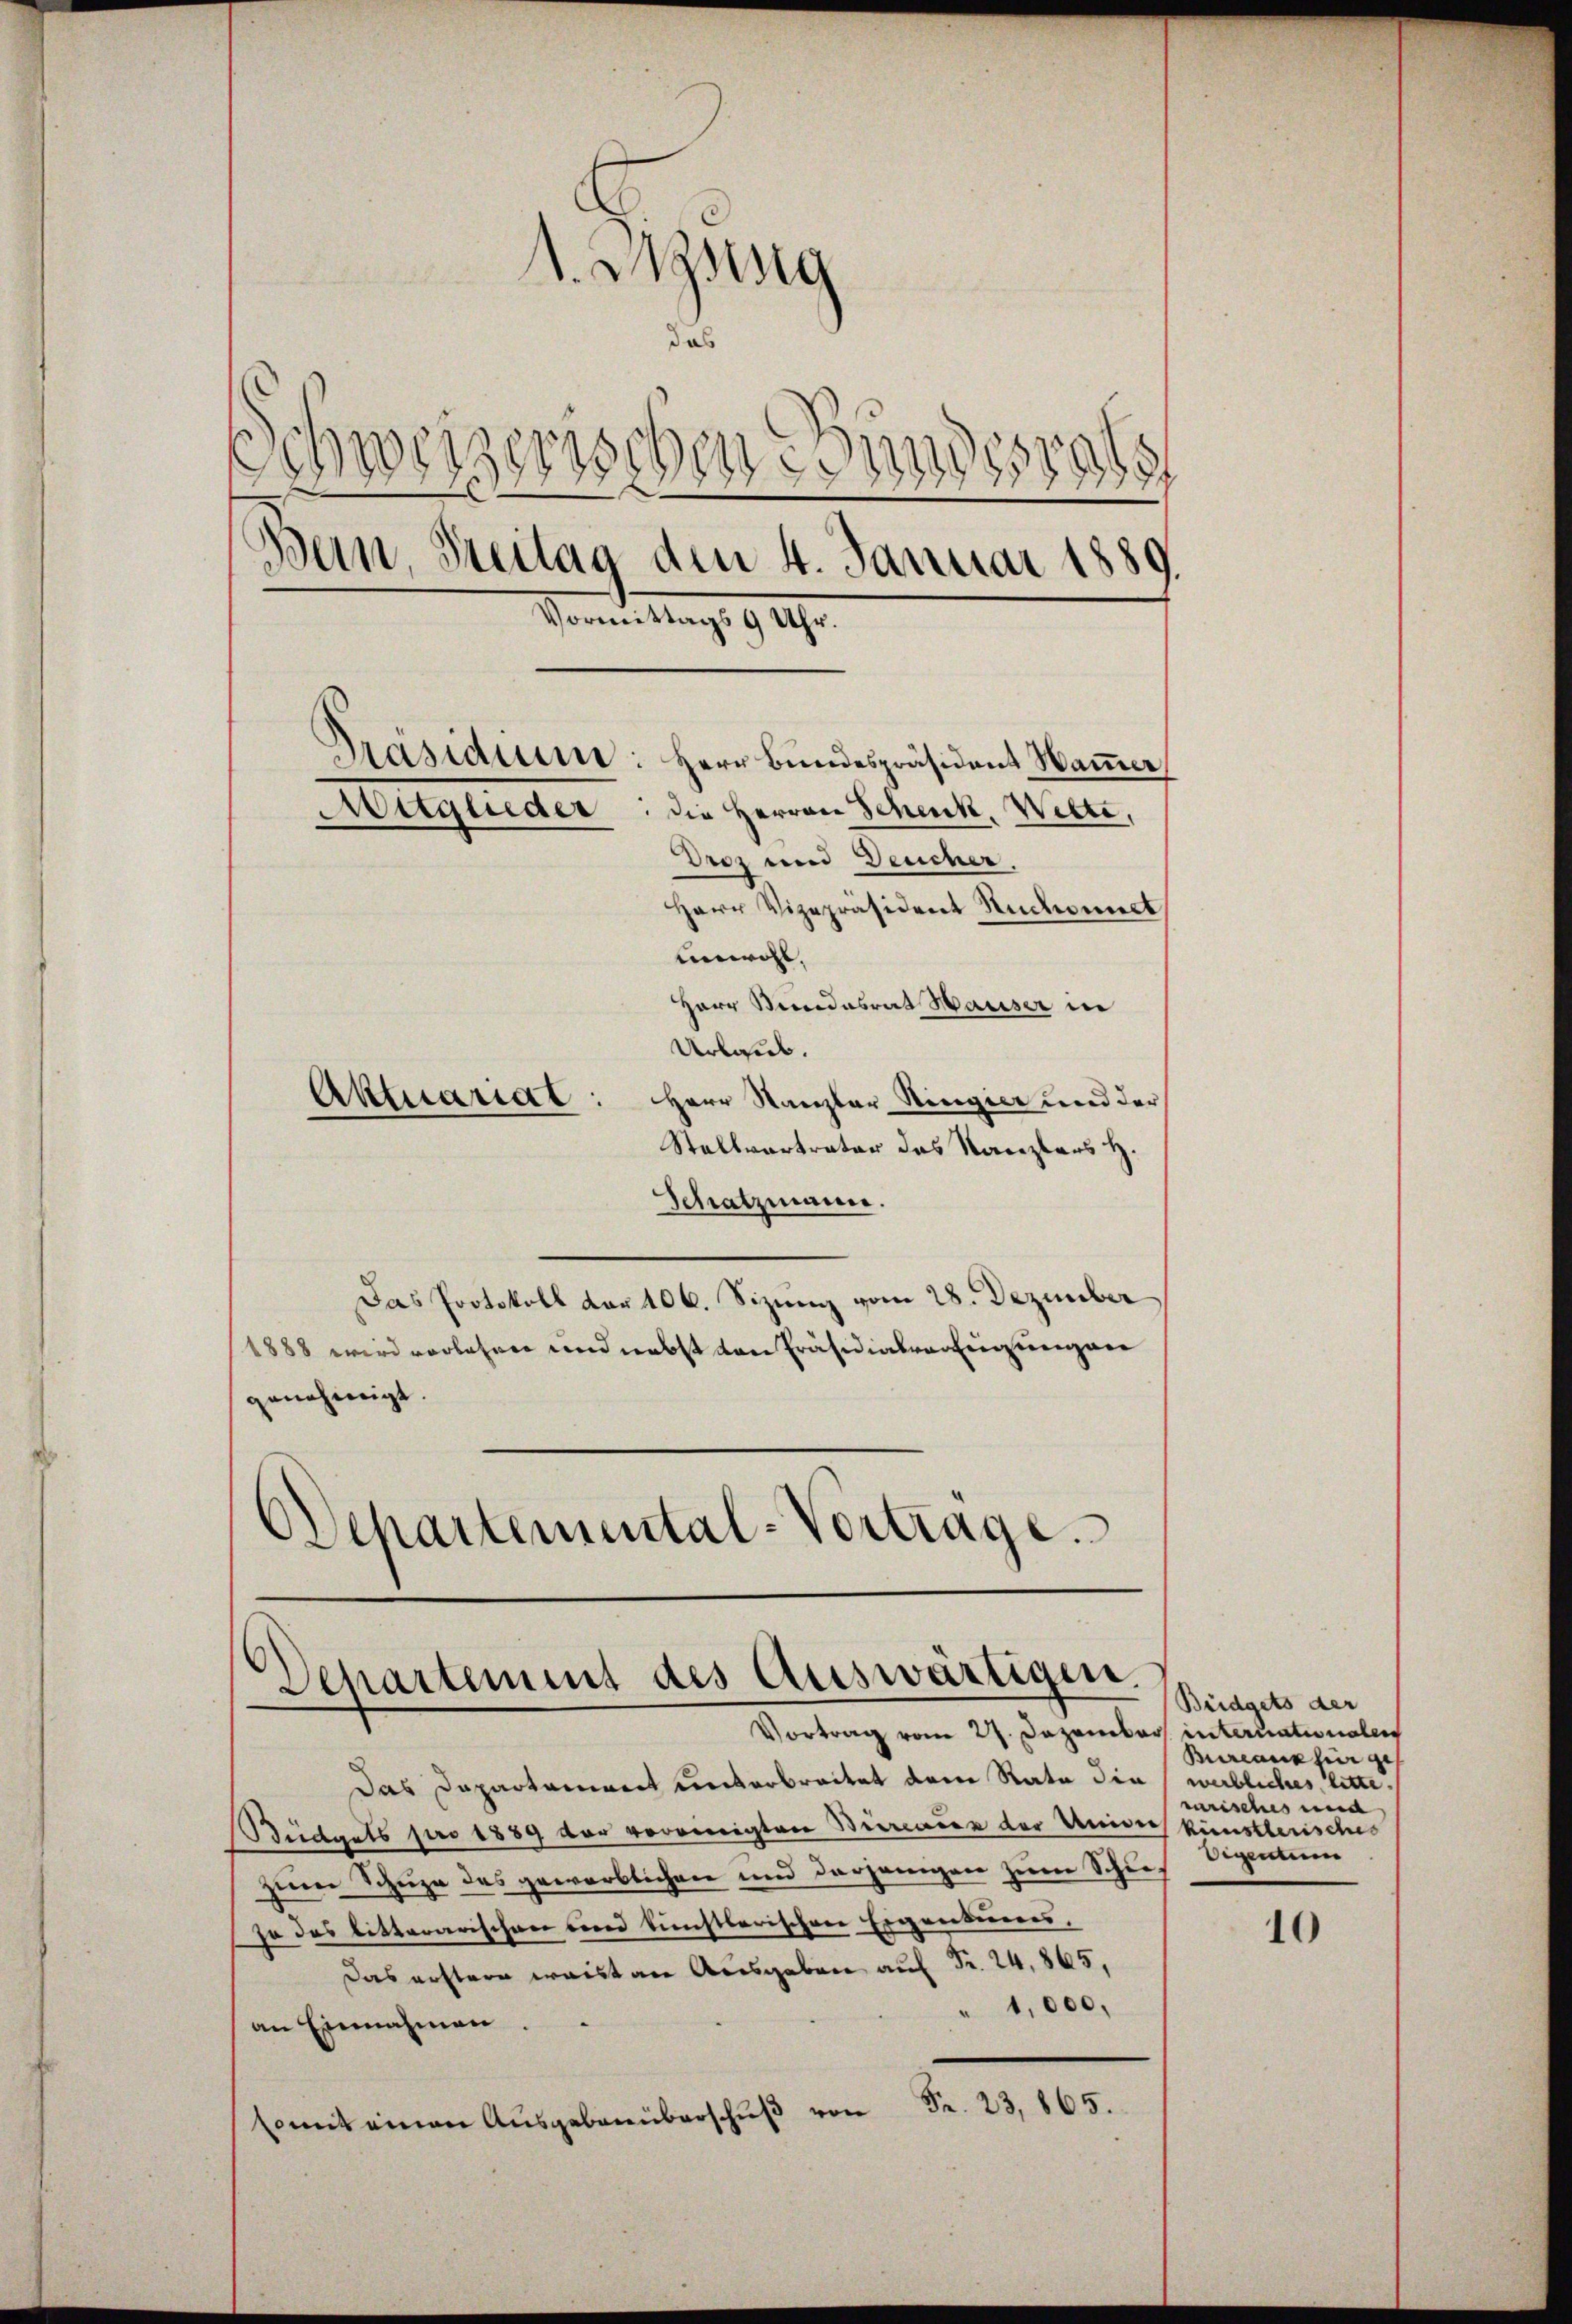
1. Ising
das
Schweizerischen un
8
Bein, Streitag dem 4. Januar 1889.
Vormittags 9 Uhr.
Präsidium: Herr Bundespräsident Hammer
Mitglieder: die Herren Schenk, Wilte,
Droz und Deucher.
Herr Vizepräsident Ruchwert
unwohl,
Herr Bundesrat Hauser in
Urlaub.
Aktuariat: Herr Kanzler Ringier und der

Stellvertrater des Kanzlers H.
Schatzmann.
Das Protokoll der 106. Sizung vom 28. Dezember
1888 wird vorlesen und nebst von Präsidialverfügungen
genehmigt.
Departemental-Vortrage.

Separtement des Auswärtigen.
Vortrag vom 27. Dezember intertationalen

Das Dapartament unterbreitet dem Rate die weibliches, litte¬
Büdgets pro 1889 vor voreinigten Bureauer der Univers künstlerisches
zum Schuze des gewerblichen und derjenigen zum Schiejo das bitterarischen eine künstlerischen Eigentumes,
Das erstere waisten Ausgaben auf Fr. 24. 865,
1,000.
an Einnahmen.
somit einen Aŭsgebenüberschŭβ von Fr. 23,865.

Büdgets der
Bureaushin ge
marisches und
digenen

10